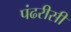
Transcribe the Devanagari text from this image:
पंढरीसी